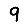
Digit: 9